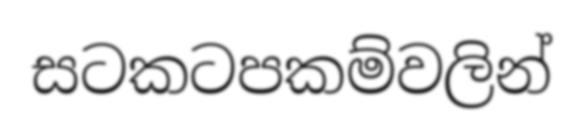
සටකටපකම්වලින්